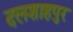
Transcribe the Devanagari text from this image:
दलशाहपुर